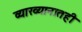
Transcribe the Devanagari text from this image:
व्याख्यानातही